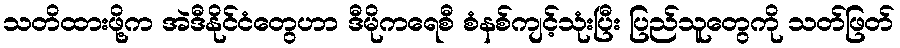
သတိထားဖို့က အဲဒီနိုင်ငံတွေဟာ ဒီမိုကရေစီ စံနစ်ကျင့်သုံးပြီး ပြည်သူတွေကို သတ်ဖြတ်